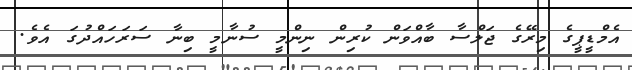
އެމްޑީޕީގެ މިރޭގެ ޖަލްސާ ބާއްވަން ކުރިން ނިންމީ ސުނާމީ ބިނާ ސަރަހައްދުގަ އެވެ.